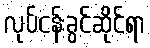
လုပ်ငန်းခွင်ဆိုင်ရာ